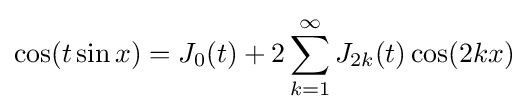
\cos(t\sin x)=J_{0}(t)+2\sum _{k=1}^{\infty }J_{2k}(t)\cos(2kx)